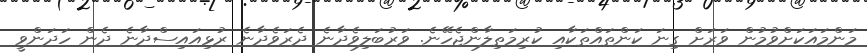
މަންމައަކަށްވުމުން ވަރަށް ގިނަ ކަންތައްތަކާއި ކުރިމަތިލާންޖެހޭނެ. ވަރުބަލިވެދާނެ ދެރަވެދާނެ ރުޅިއައިސްދާނެ ދެން ހަދަންވީ